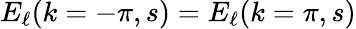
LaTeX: E_{\ell}(k=-\pi,s)=E_{\ell}(k=\pi,s)